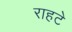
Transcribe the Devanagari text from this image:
राहटे